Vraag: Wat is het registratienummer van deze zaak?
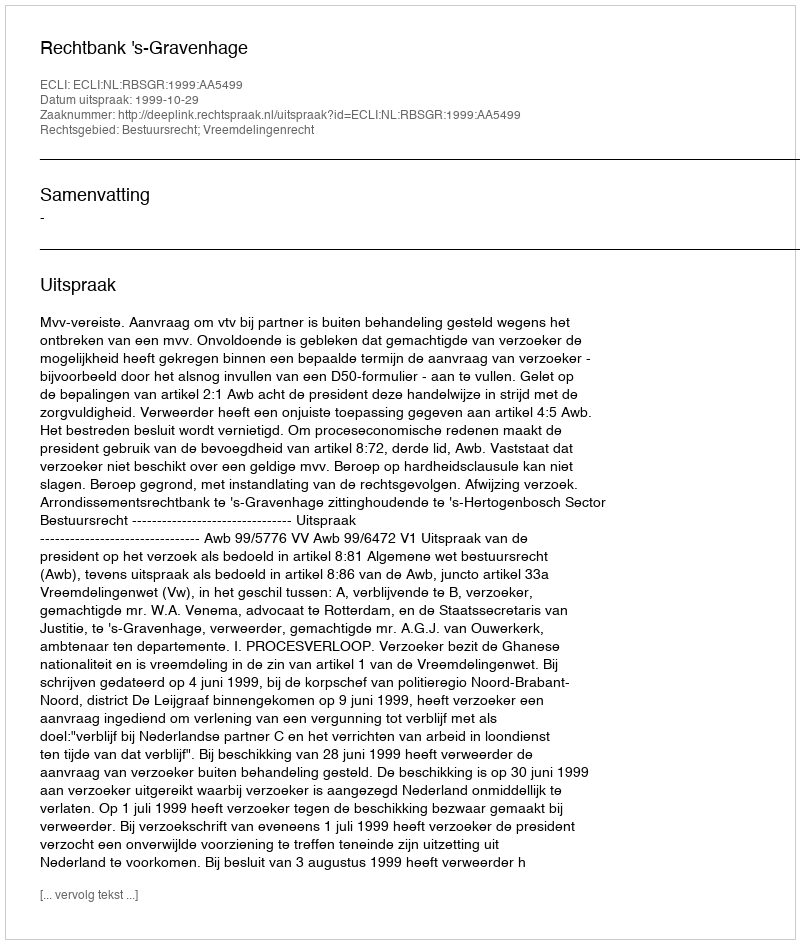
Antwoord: http://deeplink.rechtspraak.nl/uitspraak?id=ECLI:NL:RBSGR:1999:AA5499